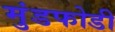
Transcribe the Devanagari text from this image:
मुंडफोडी